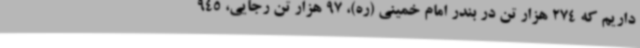
داریم که 274 هزار تن در بندر امام خمینی (ره)، 97 هزار تن رجایی، 945